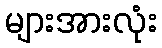
များအားလုံး